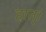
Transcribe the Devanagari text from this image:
हात्।